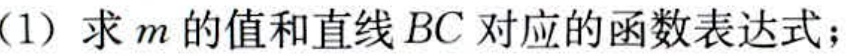
(1) 求\(m\)的值和直线 \(BC\) 对应的函数表达式；